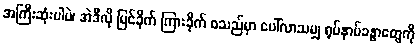
အကြီးဆုံးပါပဲ၊ အဲဒီလို မြင်ခိုက် ကြားခိုက် စသည်မှာ ပေါ်လာသမျှ ရုပ်နာမ်ခန္ဓာတွေကို